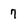
Character: 7